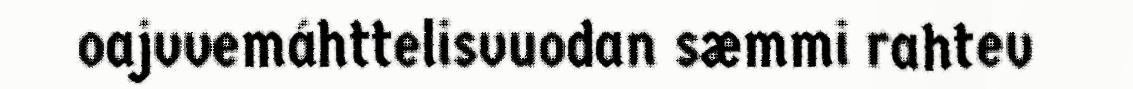
oajvvemáhttelisvuodan sæmmi rahtev